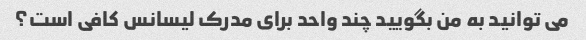
می توانید به من بگویید چند واحد برای مدرک لیسانس کافی است؟